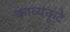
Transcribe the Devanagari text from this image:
काव्यकूटे